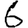
Digit: 6